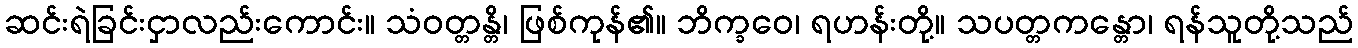
ဆင်းရဲခြင်းငှာလည်းကောင်း။ သံဝတ္တန္တိ၊ ဖြစ်ကုန်၏။ ဘိက္ခဝေ၊ ရဟန်းတို့။ သပတ္တကန္တော၊ ရန်သူတို့သည်